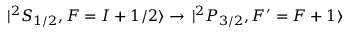
| ^ { 2 } S _ { 1 / 2 } , F = I + 1 / 2 \rangle \rightarrow \, | ^ { 2 } P _ { 3 / 2 } , F ^ { \prime } = F + 1 \rangle